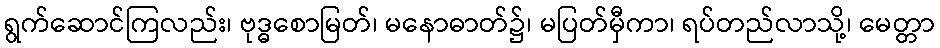
ရွက်ဆောင်ကြလည်း၊ ဗုဒ္ဓစောမြတ်၊ မနောဓာတ်၌၊ မပြတ်မှီကာ၊ ရပ်တည်လာသို့၊ မေတ္တာ